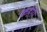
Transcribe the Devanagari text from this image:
कहेगी